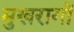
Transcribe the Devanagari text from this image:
मुखरागों